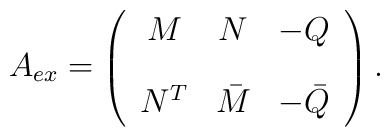
A_{ex}=\left(\begin{array}{ccc}M& N& -Q\\[0.4cm]N^T& \bar M& -\bar Q\end{array}\right).